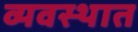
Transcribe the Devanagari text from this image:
व्यवस्थात